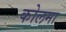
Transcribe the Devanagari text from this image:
कोलमा